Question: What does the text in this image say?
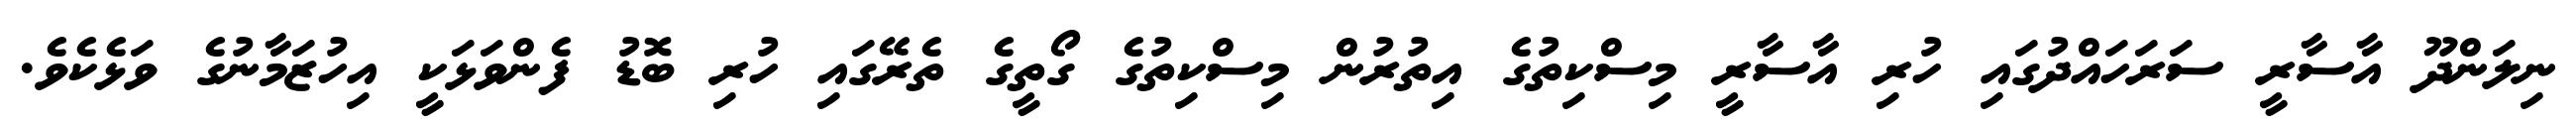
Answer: ނިލަންދޫ އާސާރީ ސަރަހައްދުގައި ހުރި އާސާރީ މިސްކިތުގެ އިތުރުން މިސްކިތުގެ ގޯތީގެ ތެރޭގައި ހުރި ބޮޑު ފެންވަޅަކީ އިހުޒަމާނުގެ ވަޅެކެވެ.